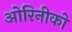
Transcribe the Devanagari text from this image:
ओरिनीको